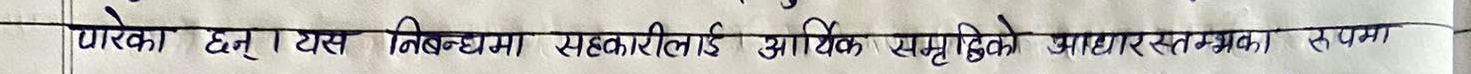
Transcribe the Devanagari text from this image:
पोरेका छन् । यस निबन्धमा सहकारीलाई आर्थिक समृद्धिको आधार स्तम्भका रूपमा